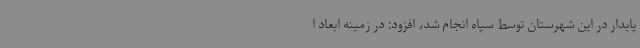
پایدار در این شهرستان توسط سپاه انجام شد، افزود: در زمینه ابعاد ا